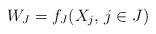
LaTeX: \begin{align*} W_J=f_J(X_j,\,j\in J)\end{align*}